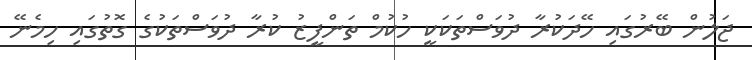
ޖަލުން ބޭރުގައި ހޭދަކުރާ ދުވަސްތަކަކީ ހުކުމް ތަންފީޒު ކުރާ ދުވަސްތަކުގެ ގޮތުގައި ހިމެނޭ